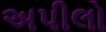
અપીલો